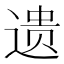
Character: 遗